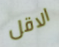
الاقل